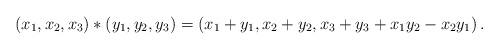
LaTeX: \begin{align*}(x_1,x_2,x_3)*(y_1,y_2,y_3) = (x_1+y_1,x_2+y_2,x_3+y_3+x_1y_2-x_2y_1) \,.\end{align*}